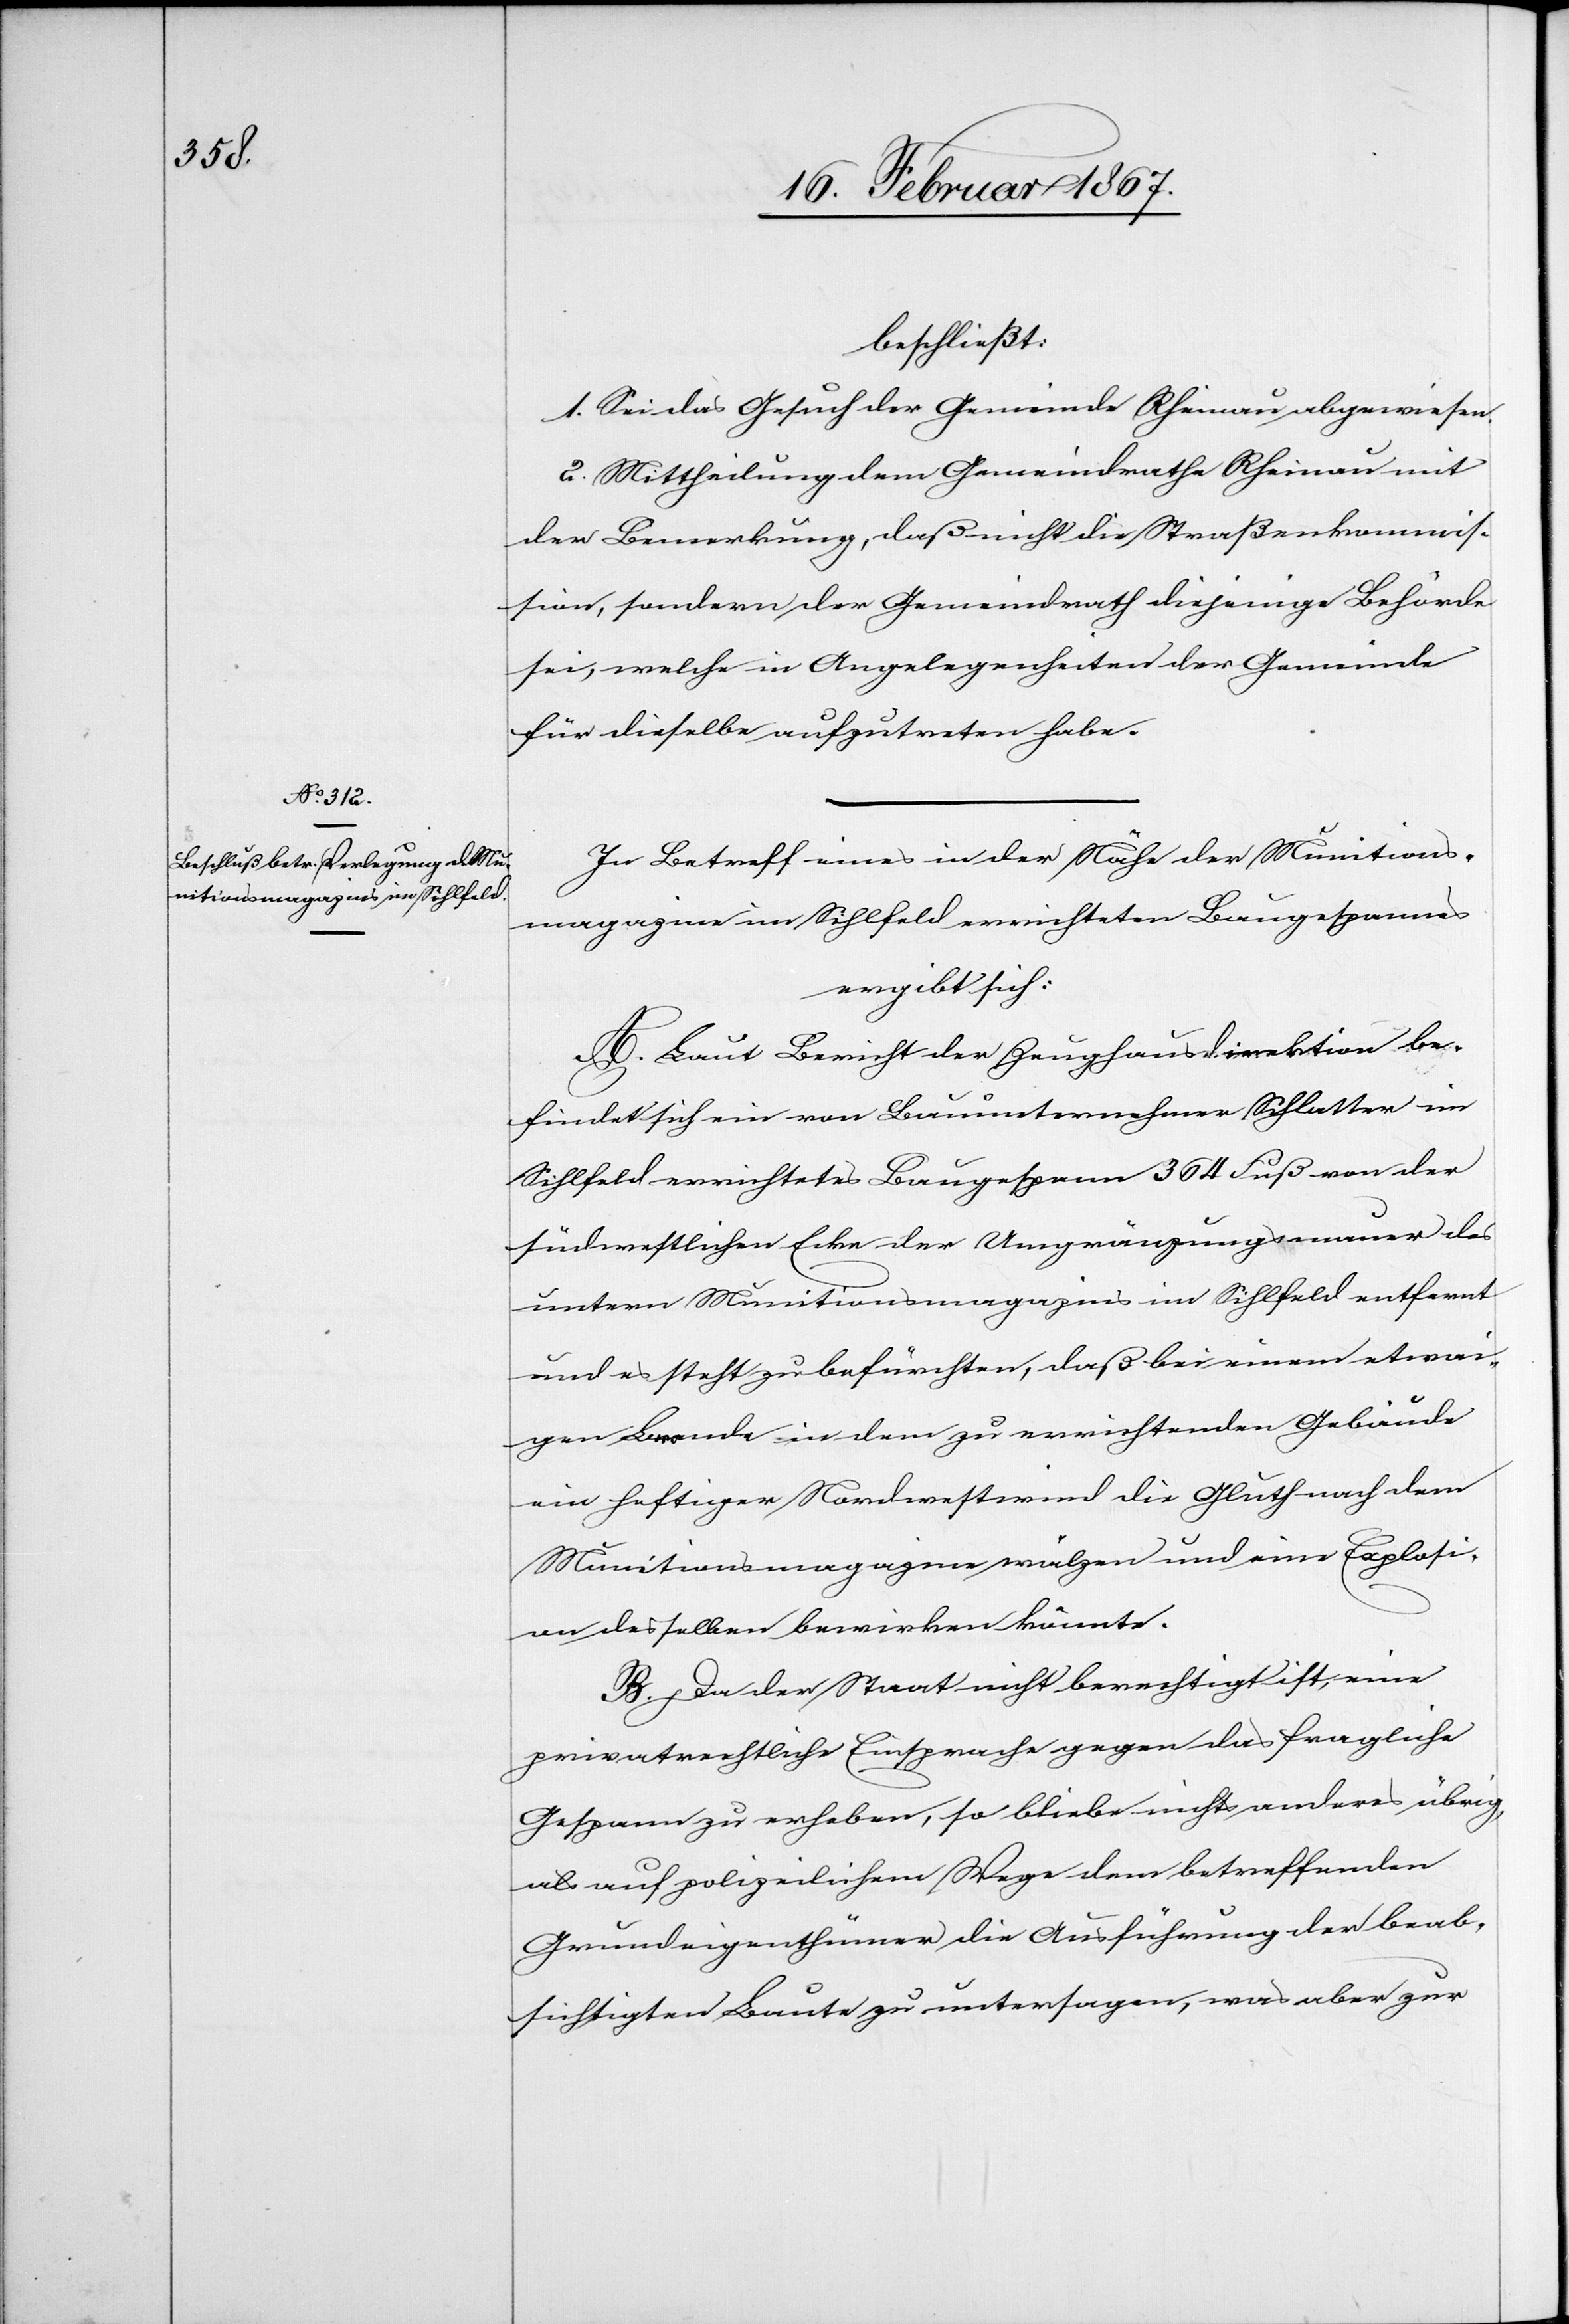
beschließt:
1. Sei das Gesuch der Gemeinde Rheinau abgewiesen.
2. Mittheilung dem Gemeindrathe Rheinau mit
der Bemerkung, daß nicht die Straßenkommis¬
sion, sondern der Gemeindrath diejenige Behörde
sei, welche in Angelegenheiten der Gemeinde
für dieselbe aufzutreten habe.
In Betreff eines in der Nähe der Munitions¬
magazine im Sihlfeld errichteten Baugespannes
ergibt sich:
A. Laut Bericht der Zeughausdirektion be¬
findet sich ein von Bauunternehmer Schlatter im
Sihlfeld errichtetes Baugespann 364 Fuß von der
südwestlichen Ecke der Umgränzungsmauer des
untern Munitionsmagazins im Sihlfeld entfernt
und es steht zu befürchten, daß bei einem etwai¬
gen Brande in dem zu errichtenden Gebäude
ein heftiger Nordwestwind die Gluth nach dem
Munitionsmagazine wälzen und eine Explosi¬
on desselben bewirken könnte.
B. Da der Staat nicht berechtigt ist, eine
privatrechtliche Einsprache gegen das fragliche
Gespann zu erheben, so bliebe nichts anderes übrig,
als auf polizeilichem Wege dem betreffenden
Grundeigenthümer die Ausführung der beab¬
sichtigen Baute zu untersagen, was aber zur